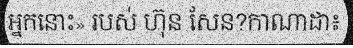
អ្នកនោះ» របស់ ហ៊ុន សែន?កាណាដា៖